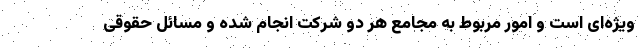
ویژه‌ای است و امور مربوط به مجامع هر دو شرکت انجام ‌شده و مسائل حقوقی